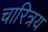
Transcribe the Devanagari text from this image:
चारित्रय